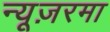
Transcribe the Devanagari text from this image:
न्यूज़रमा